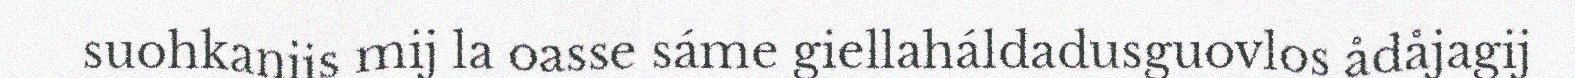
suohkanijs mij la oasse sáme giellaháldadusguovlos ådåjagij